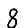
Digit: 8